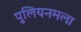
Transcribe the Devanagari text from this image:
पुलियनमला